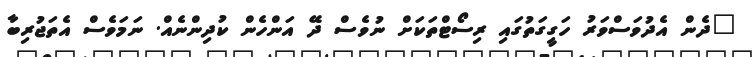
"ދެން އެދުވަސްވަރު ހަގީގަތުގައި ރިސޯޓްތަކަށް ނުވެސް ދޭ އަންހެން ކުދިންނެއް. ނަމަވެސް އެތަޖުރިބާ